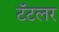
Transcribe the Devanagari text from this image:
टॅटलर